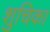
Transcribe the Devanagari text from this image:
शुचिका